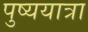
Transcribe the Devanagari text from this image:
पुष्ययात्रा